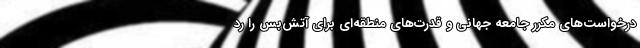
درخواست‌های مکرر جامعه جهانی و قدرت‌های منطقه‌ای برای آتش‌بس را رد